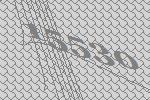
15530